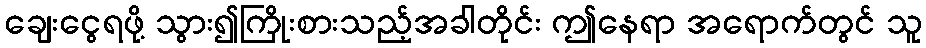
ချေးငွေရဖို့ သွား၍ကြိုးစားသည့်အခါတိုင်း ဤနေရာ အရောက်တွင် သူ